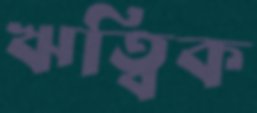
ঋত্বিক